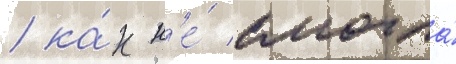
/ ка́к н'е́ смогла́